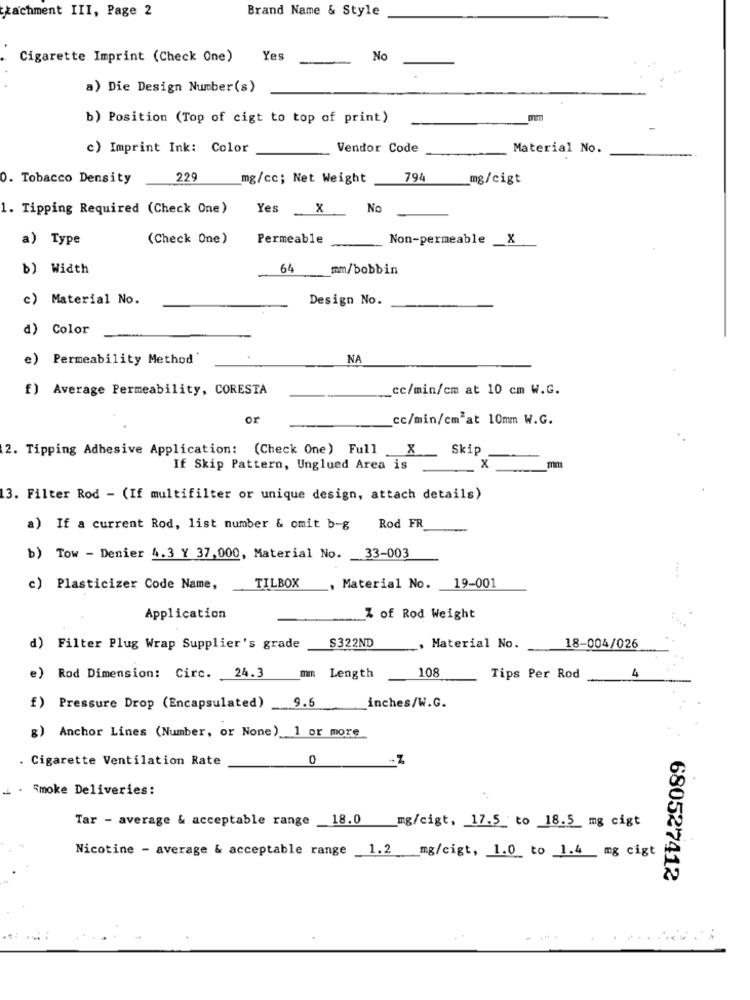
xachment III, Page 2
Brand Name & Style
Cigarette Imprint (Check One) Yes
No
a) Die Design Number(s)
b) Position (Top of cigt to top of print)
c) Imprint Ink: Color
Vendor Code
Material No.
0. Tobacco Density
229
_mg/cc; Net Weight
794
mg/cigt
1. Tipping Required (Check One)
Yes
X
No
a) Type
(Check One)
Permeable
Non-permeable _X
b) Width
64
mm/bobbin
c) Material No.
Design No.
d) Color
e) Permeability Method
NA
f) Average Permeability, CORESTA
_cc/min/cm at 10 cm W.G.
or
cc/min/cm2at 10mm W.G.
2. Tipping Adhesive Application: (Check One) Full
X
Skip
If Skip Pattern, Unglued Area is
X
mm
3. Filter Rod - (If multifilter or unique design, attach details)
a) If a current Rod, list number & omit b-g
Rod FR
b) Tow - Denier 4.3 Y 37,000, Material No. 33-003
TILBOX
c) Plasticizer Code Name,
Material No. 19-001
Application
Z of Rod Weight
.. +
S322ND
d) Filter Plug Wrap Supplier's grade
Material No.
18-004/026
mm
108
Length
Tips Per Rod
4
9.6
f) Pressure Drop (Encapsulated)
inches/W.G.
g) Anchor Lines (Number, or None) 1 or more
. Cigarette Ventilation Rate
0
-Z
Smoke Deliveries:
Tar - average & acceptable range 18.0 mg/cigt, 17.5 to 18.5 mg cigt
Nicotine - average & acceptable range 1.2 mg/cigt, 1.0 to 1.4 mg cigt
680527412